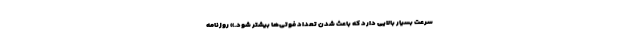
سرعت بسیار بالایی دارد که باعث شدن تعداد فوتی‌ها بیشتر شود.» روزنامه